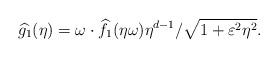
LaTeX: \begin{align*} \widehat{g_1}(\eta) = \omega\cdot\widehat{f_1}(\eta\omega)\eta^{d-1}/\sqrt{1+\varepsilon^2\eta^2}. \end{align*}